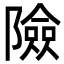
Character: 險